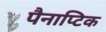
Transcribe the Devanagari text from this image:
पैनाप्टिक